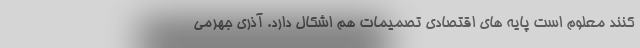
کنند معلوم است پایه های اقتصادی تصمیمات هم اشکال دارد. آذری جهرمی